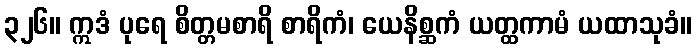
၃၂၆။ ဣဒံ ပုရေ စိတ္တမစာရိ စာရိကံ၊ ယေနိစ္ဆကံ ယတ္ထကာမံ ယထာသုခံ။